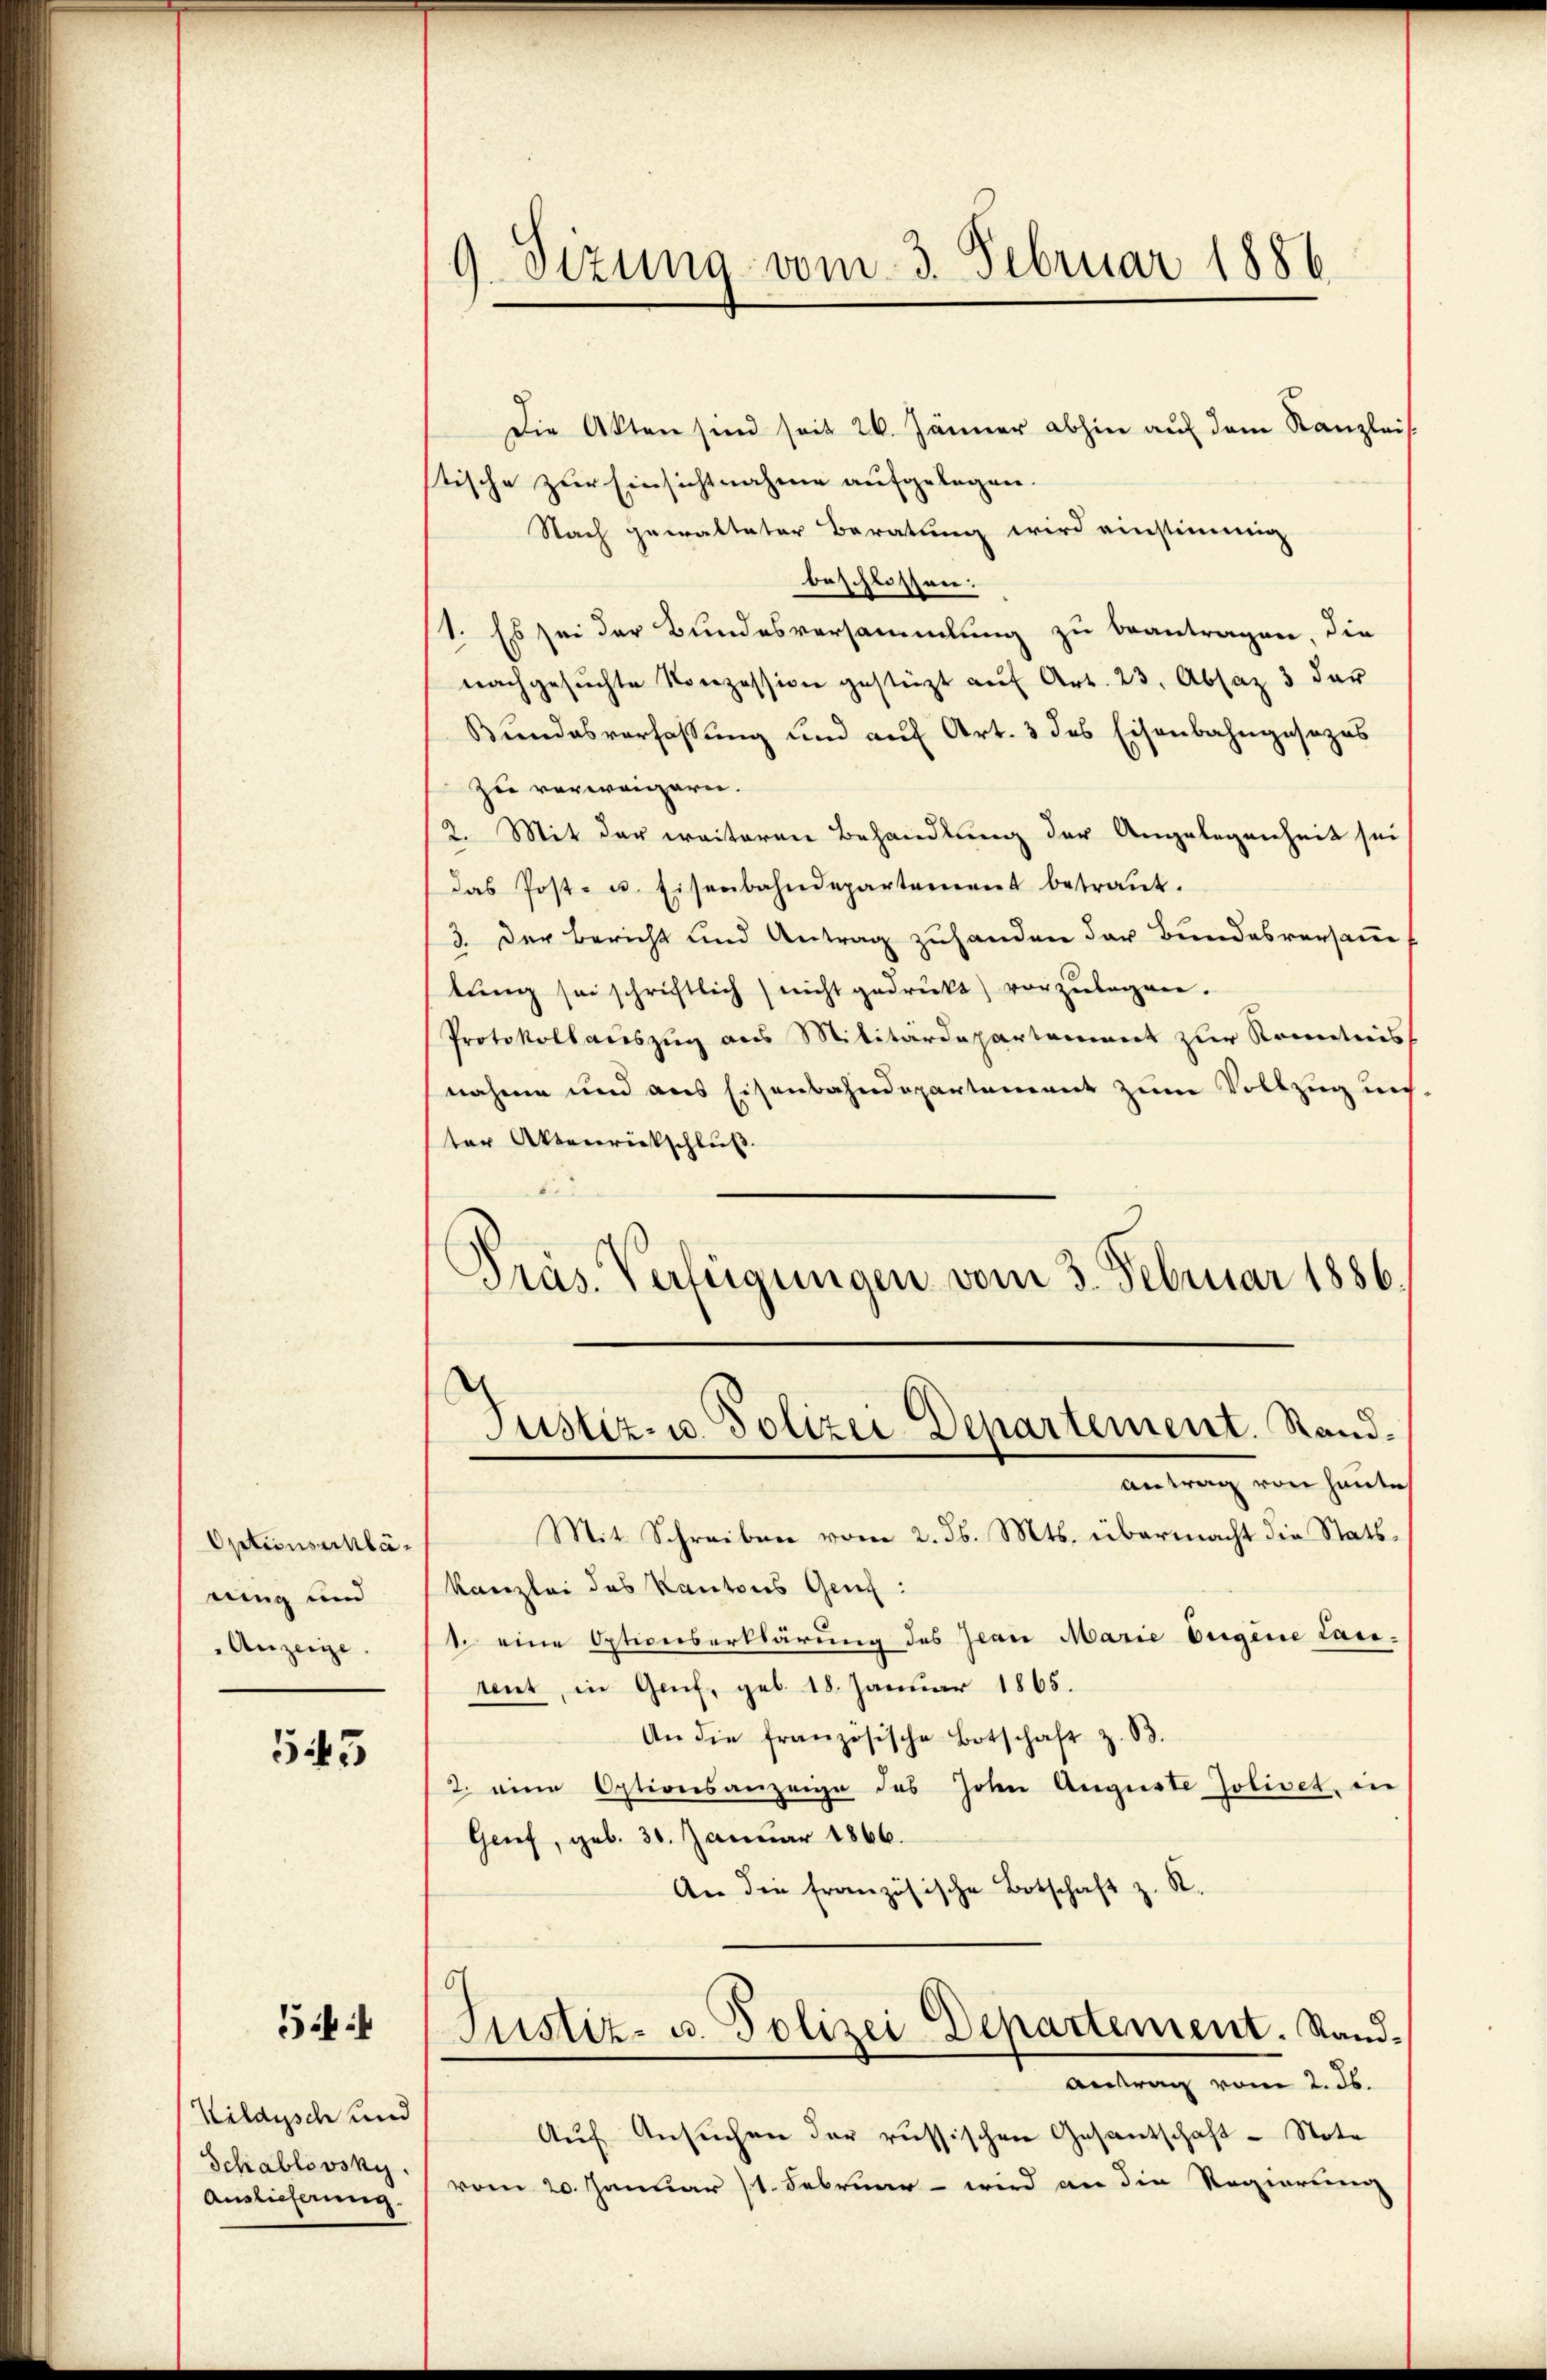
Optionsschlärung und
Anzeige.

545

5

Kildysch und
Schablovsky.
Auslieferung.

9. Sizung vom 3. Februar 1886.

Die Akten sind seit 26. Jänner abhin auf dem Kanzleis
stische zur Einsichtnahme aufgelegen.
Nach gewalteter Beratung wird einstimmig
beschlossen:
(1. Es sei der Bundesversammlung zu beantragen, die
nachgesuchte Konzession gestüzt auf Art. 23. Absaz 3 der
Bundesverfassung und auf Art. 3 des Eisenbahngesezes
zu verweigern.
2. Mit der weiteren Behandlung der Angelegenheit sei
Das Post- u. Eisenbahndepartement betraŭt.
3. Der Bericht und Antrag zuhanden der Bundesversamm
tŭng sei schriftlich nicht gedruckt) vorzŭlegen.
Protokollauszug aus Militärdepartement zur Kenntnis
nahme und aus Eisenbahndepartement zum Vollzug uns.
ter Aktenrückschluß.
Präs. Verfügungen vom 3. Februar 1886.
Justiz- u. Polizei Departement. Stand¬
Antrag von heute
Mit Schreiben vom 2. ds. Mts. übermacht die Stattkanzlei des Kantons Genf :
1 eine Optionserklärung des Jean Marie Eigene Lanment, in Genf, geb. 18. Januar 1865.
An die französische Botschaft z. B.
2. eine Optionsanzeige des Hohen Auguste Jolivet, in
Genf, geb. 30. Januar 1866.
An die französische Botschaft z. R.
6
Justiz- u. Polizei Departement. Stand¬
Antrag vom 2. ds.
Auf Ansuchen der russischen Gesantschaft - Note
vom 20. Januar 11. Februar – wird an die Regierung